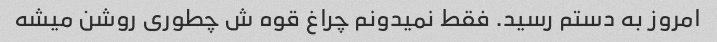
امروز به دستم رسید. فقط نمیدونم چراغ قوه ش چطوری روشن میشه